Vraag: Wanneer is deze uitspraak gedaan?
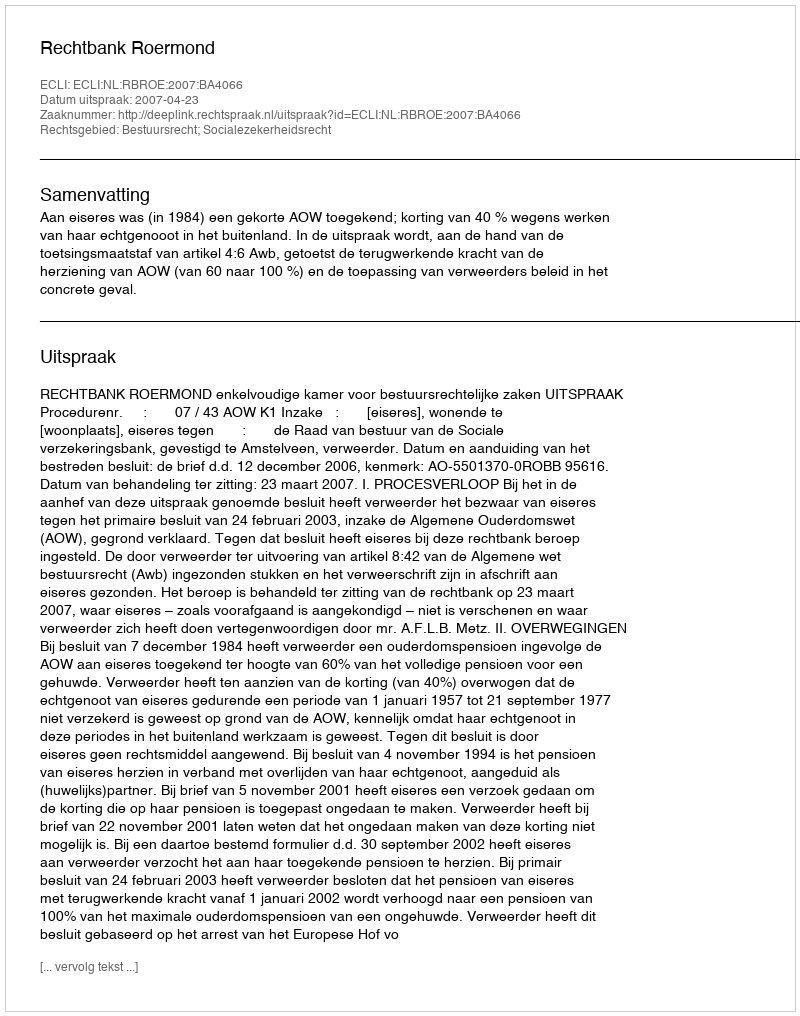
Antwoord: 2007-04-23